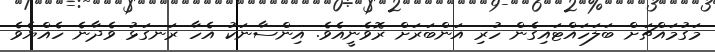
މަގުމައްޗަށް ބަލަހައްޓައިގެން ހުރި އަންބަރަށް ރޮވެނީއެވެ. އިންސާނަކު އެހާ ރަނގަޅު ވެދާނެ ހެއްޔެވެ